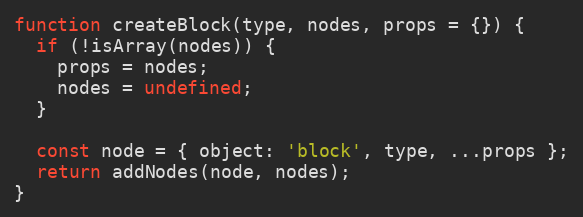
Language: JavaScript
function createBlock(type, nodes, props = {}) {
  if (!isArray(nodes)) {
    props = nodes;
    nodes = undefined;
  }

  const node = { object: 'block', type, ...props };
  return addNodes(node, nodes);
}